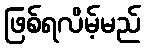
ဖြစ်ရလိမ့်မည်